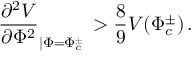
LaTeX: \frac { \partial ^ { 2 } V } { \partial \Phi ^ { 2 } } _ { \left| \Phi = \Phi _ { c } ^ { \pm } \right. } > \frac { 8 } { 9 } V \! \left( \Phi _ { c } ^ { \pm } \right) .